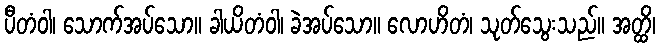
ပီတံဝါ၊ သောက်အပ်သော။ ခါယိတံဝါ၊ ခဲအပ်သော။ လောဟိတံ၊ သုတ်သွေးသည်။ အတ္ထိ၊